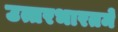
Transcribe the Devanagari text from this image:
उत्तरभारतमें